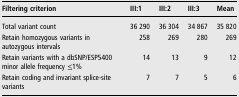
| Filtering criterion | III:1 | III:2 | III:3 | Mean |
 | --- | --- | --- | --- | --- |
 | Total variant count | 36 290 | 36 304 | 34 867 | 35 820 |
 | Retain homozygous variants in autozygous intervals | 258 | 269 | 280 | 269 |
 | Retain variants with a dbSNP/ESP5400 minor allele frequency ≤1% | 14 | 13 | 9 | 12 |
 | Retain coding and invariant splice-site variants | 7 | 7 | 5 | 6 |